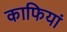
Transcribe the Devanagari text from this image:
काफियां